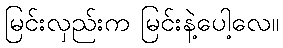
မြင်းလှည်းက မြင်းနဲ့ပေါ့လေ။